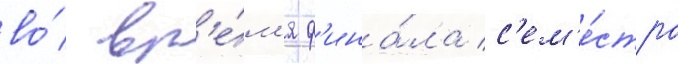
во́ вр'е́м'я ф'ина́ла с'ем'е́стра